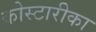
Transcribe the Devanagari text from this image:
कोस्टारीका